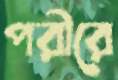
পরীরে